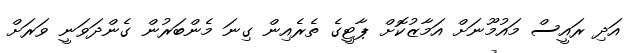
އަދި ރައީސް މައުމޫނަށް އަމާޒުކޮށް ޕާޓީގެ ތެރެއިން ގިނަ މެންބަރުން ގެންދަވަނީ ވަރަށް